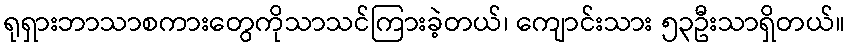
ရုရှားဘာသာစကားတွေကိုသာသင်ကြားခဲ့တယ်၊ ကျောင်းသား ၅၃ဦးသာရှိတယ်။